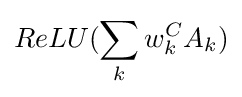
ReLU(\sum _{k}w_{k}^{C}A_{k})